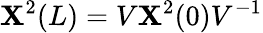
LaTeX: \mathbf{X}^{2}(L)=V\mathbf{X}^{2}(0)V^{-1}